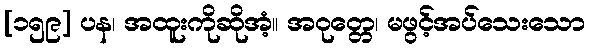
[၁၅၉] ပန၊ အထူးကိုဆိုအံ့။ အဝုတ္တေ၊ မဖွင့်အပ်သေးသော